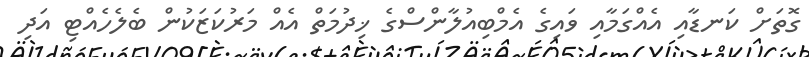
ގޮތަށް ކަނޑާއި އެއްގަމާއި ވައިގެ އެމްބިއުލާންސްގެ ޚިދުމަތް އެއް މަރުކަޒަކުން ބެލެހެއްޓި އަދި